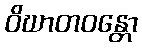
ဝိဃာတဝန္တော